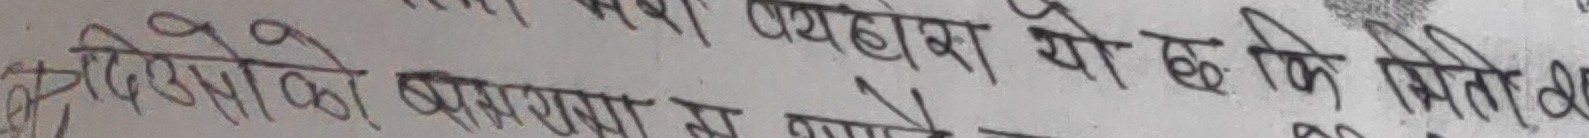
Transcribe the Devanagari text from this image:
दिदीओको बसरामा म थापें यह हो कि मिति ९२८